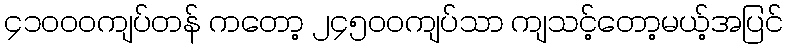
၄၁၀၀၀ကျပ်တန် ကတော့ ၂၄၅၀၀ကျပ်သာ ကျသင့်တော့မယ့်အပြင်